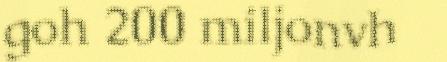
goh 200 miljonvh